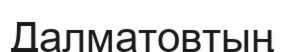
Далматовтың